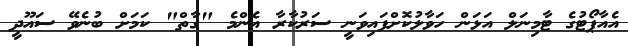
އެއާޕޯޓުގެ ޓާމިނަލް އަޅަން ހަވާލުކޮށްފައިވަނީ ސަރުކާރާ އެންމެ "ގާތް" ކަމަށް ބުނެވޭ ސައޫދީ